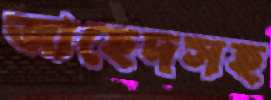
জাহেদসহ